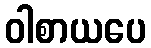
ဝါစာယပေ